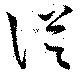
従